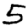
Digit: 5